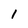
Character: I